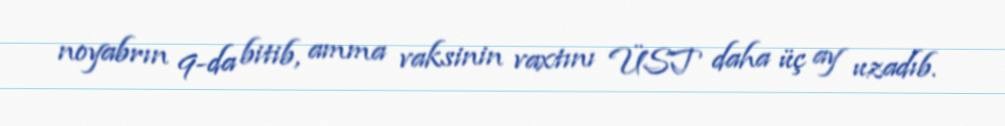
noyabrın 9-da bitib, amma vaksinin vaxtını ÜST daha üç ay uzadıb.